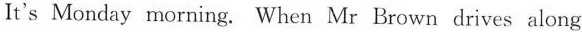
It's Monday morning. When Mr Brown drives along